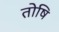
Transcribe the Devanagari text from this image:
तोषि